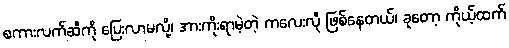
စကားလက်ဆီကို ပြေးလာမလို့၊ အားကိုးရာမဲ့တဲ့ ကလေးလို ဖြစ်နေတယ်၊ ခုတော့ ကိုယ့်ထက်